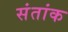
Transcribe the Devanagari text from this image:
संतांक